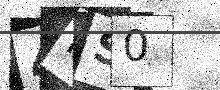
Text: 4NS0